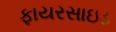
ફાયરસાઇડ